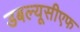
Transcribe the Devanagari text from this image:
डबल्यूसीएफ